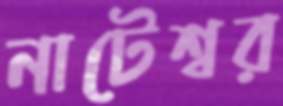
নাটেশ্বর